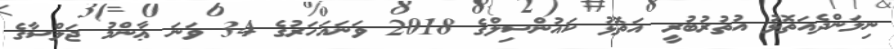
ނިލަންދެއަތޮޅު އުތުރުބުރީ އަތޮޅު ކައުންސިލްގެ 2018 ވަނައަހަރުގެ 34 ވަނަ ޢާންމު ޖަލްސާގެ